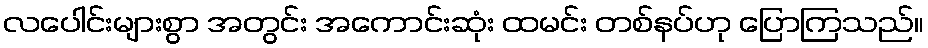
လပေါင်းများစွာ အတွင်း အကောင်းဆုံး ထမင်း တစ်နပ်ဟု ပြောကြသည်။